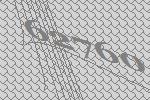
62760